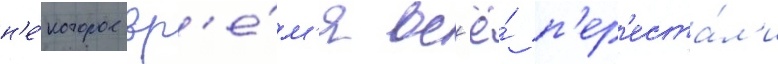
н'е́которое вр'е́м'я вс'ё́ п'ер'еста́л'и